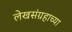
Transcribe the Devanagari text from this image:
लेखसंग्रहाच्या